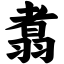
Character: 翥